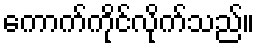
ကောက်ကိုင်လိုက်သည်။